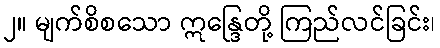
၂။ မျက်စိစသော ဣန္ဒြေတို့ ကြည်လင်ခြင်း၊